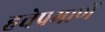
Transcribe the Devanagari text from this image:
हवेप्रमाणें